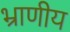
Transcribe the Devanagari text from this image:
भ्राणीय